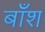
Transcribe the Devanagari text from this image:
बाँश